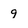
Character: 9